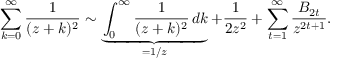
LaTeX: \sum _ { k = 0 } ^ { \infty } { \frac { 1 } { ( z + k ) ^ { 2 } } } \sim \underbrace { \int _ { 0 } ^ { \infty } { \frac { 1 } { ( z + k ) ^ { 2 } } } \, d k } _ { = 1 / z } + { \frac { 1 } { 2 z ^ { 2 } } } + \sum _ { t = 1 } ^ { \infty } { \frac { B _ { 2 t } } { z ^ { 2 t + 1 } } } .